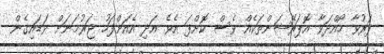
ފަރުވާ ހޯއްދަވާ އޮޕަރޭޝަންތަކެއް ވެސް ކޮށްފަ އެވެ. އަދި އެއަށްފަހު ޖަރުމަނަށް ވަޑައިގެން